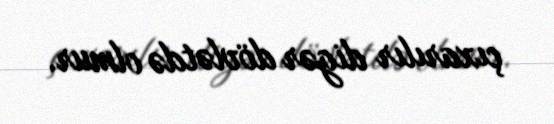
çıxarılır digər dövlətdə olmur.